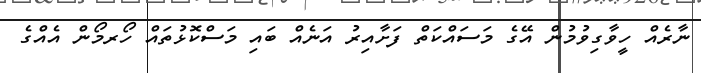
ނާރެއް ހީވާގިވުމުން އޭގެ މަސައްކަތް ފަށާއިރު އަނެއް ބައި މަސްކޮޅުތައް ހޯރމޯން އެއްގެ